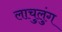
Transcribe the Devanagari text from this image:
लाचुलुंग